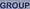
GROUP